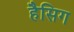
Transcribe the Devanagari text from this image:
हैसिग